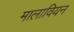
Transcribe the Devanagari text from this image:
मालावियन